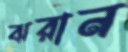
ঝরান